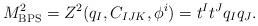
LaTeX: \begin{align*}M^2_{\rm BPS} = Z^2 (q_I, C_{IJK}, \phi^i) = t^I t^J q_I q_J.\end{align*}